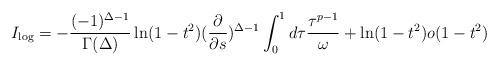
LaTeX: \begin{align*}I_{\log}=-\frac{(-1)^{\Delta-1}}{\Gamma(\Delta)}\ln(1-t^{2})(\frac{\partial}{\partial s})^{\Delta-1}\int_{0}^{1}d\tau\frac{\tau^{p-1}}{\omega}+\ln(1-t^{2})o(1-t^{2})\end{align*}